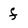
Character: f